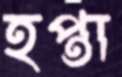
হপ্তা